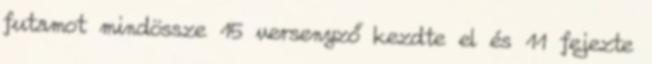
futamot mindössze 15 versenyző kezdte el és 11 fejezte